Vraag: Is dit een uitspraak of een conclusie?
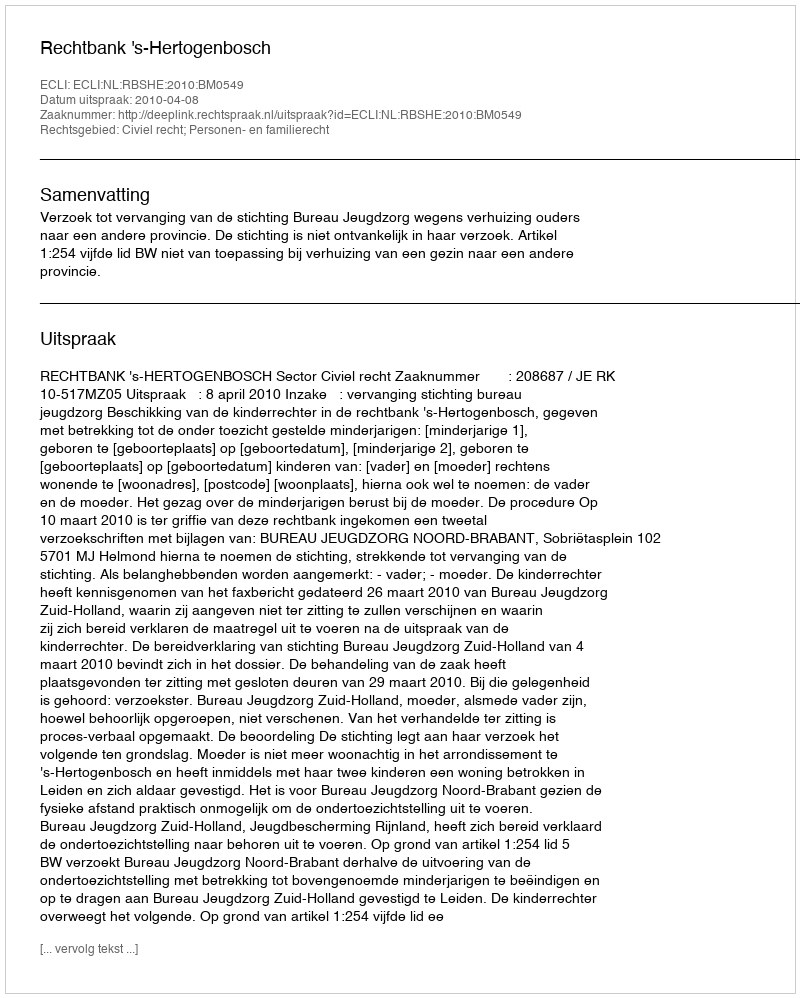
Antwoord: Uitspraak